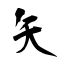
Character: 矢